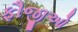
ફૌજીઓ